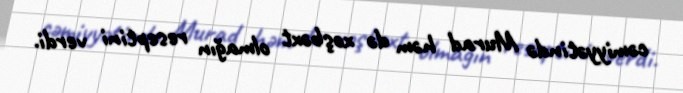
cəmiyyətində Murad həm də xoşbəxt olmağın reseptini verdi.